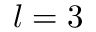
l = 3